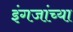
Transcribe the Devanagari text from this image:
इंगजांच्या